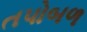
તપોબળ